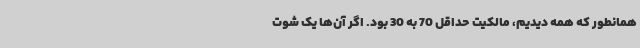
همانطور که همه دیدیم، مالکیت حداقل 70 به 30 بود. اگر آن‌ها یک شوت